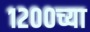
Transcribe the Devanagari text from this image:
१२००च्या